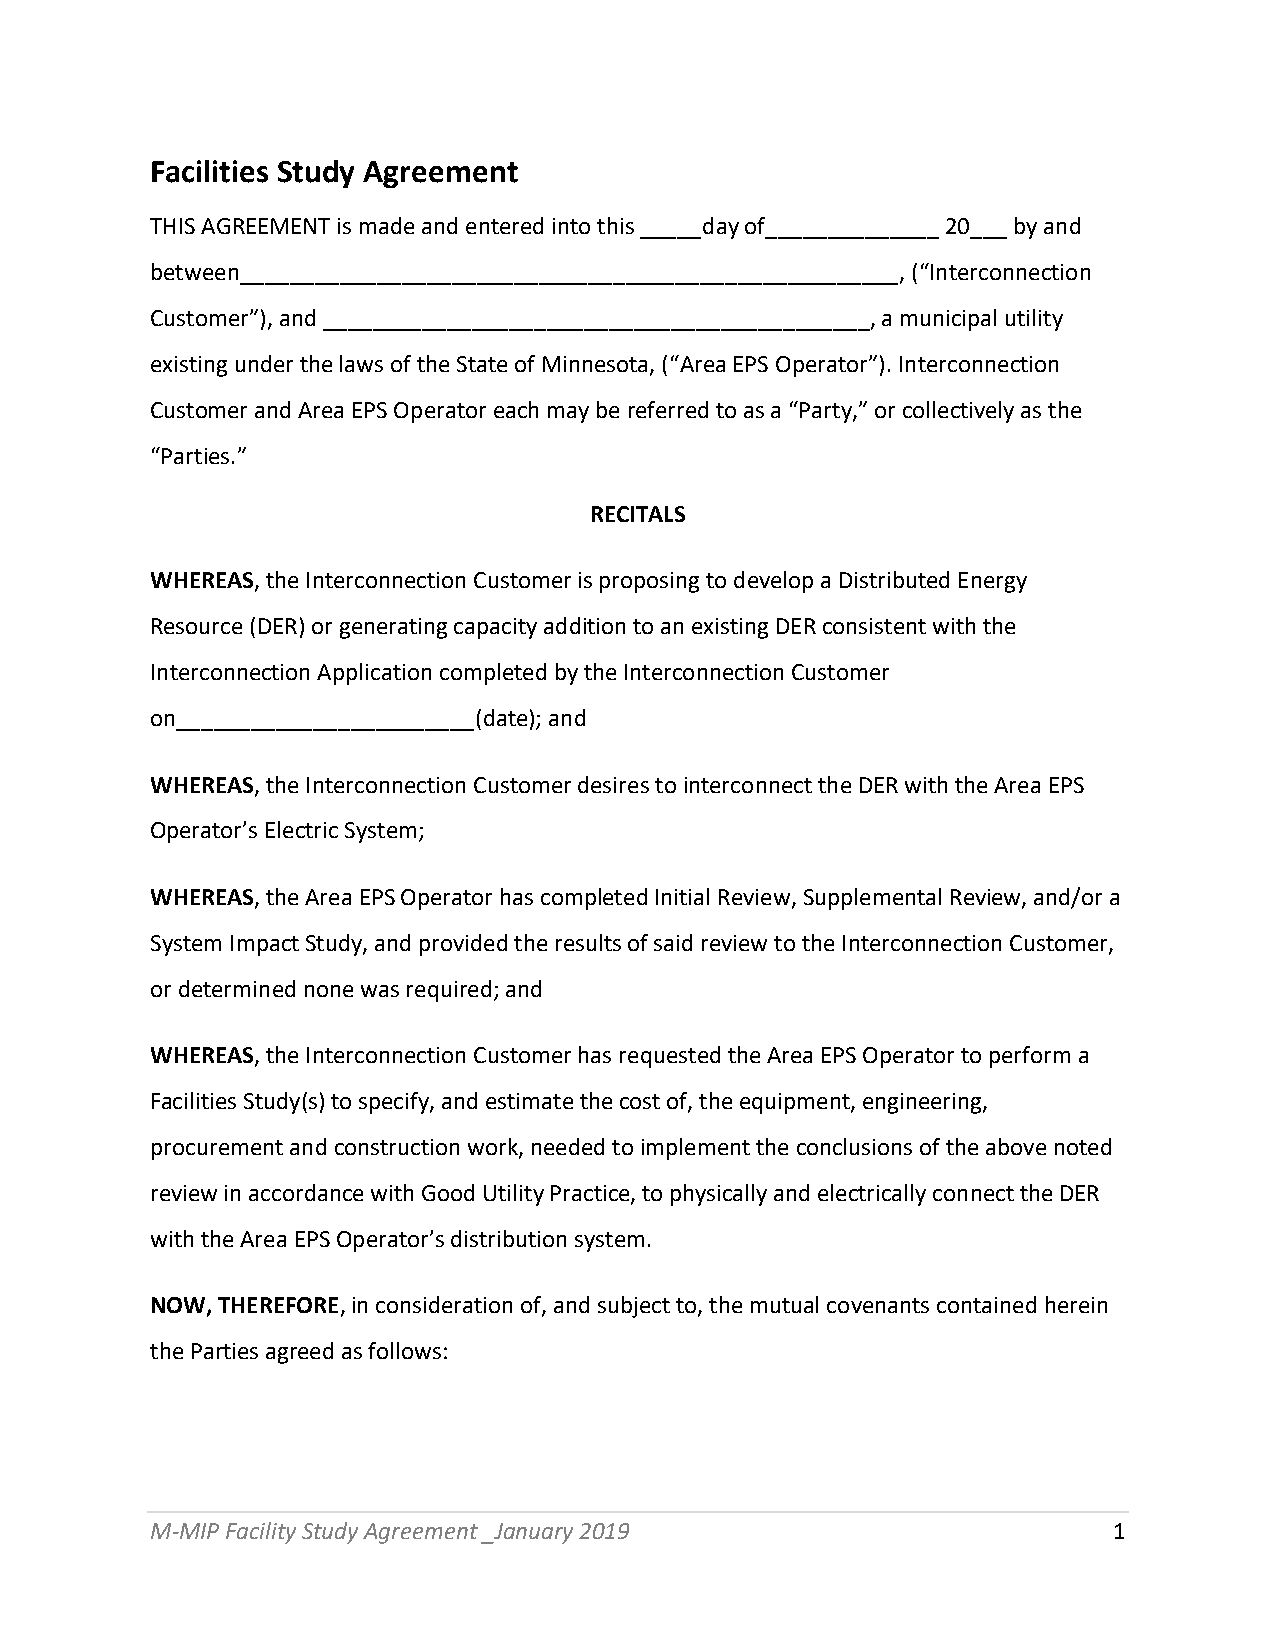
Facilities Study Agreement
 THIS AGREEMENT is made and entered into this _____day of______________ 20___ by and
 between_____________________________________________________, (“Interconnection
 Customer”), and ____________________________________________, a municipal utility
 existing under the laws of the State of Minnesota, (“Area EPS Operator”). Interconnection
 Customer and Area EPS Operator each may be referred to as a “Party,” or collectively as the
 “Parties.”
 RECITALS
 WHEREAS, the Interconnection Customer is proposing to develop a Distributed Energy
 Resource (DER) or generating capacity addition to an existing DER consistent with the
 Interconnection Application completed by the Interconnection Customer
 on________________________(date); and
 WHEREAS, the Interconnection Customer desires to interconnect the DER with the Area EPS
 Operator’s Electric System;
 WHEREAS, the Area EPS Operator has completed Initial Review, Supplemental Review, and/or a
 System Impact Study, and provided the results of said review to the Interconnection Customer,
 or determined none was required; and
 WHEREAS, the Interconnection Customer has requested the Area EPS Operator to perform a
 Facilities Study(s) to specify, and estimate the cost of, the equipment, engineering,
 procurement and construction work, needed to implement the conclusions of the above noted
 review in accordance with Good Utility Practice, to physically and electrically connect the DER
 with the Area EPS Operator’s distribution system.
 NOW, THEREFORE, in consideration of, and subject to, the mutual covenants contained herein
 the Parties agreed as follows:
 M-MIP Facility Study Agreement _January 2019                    1